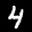
Digit: 4